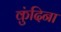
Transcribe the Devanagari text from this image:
कुंदिना